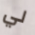
لي